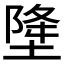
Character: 𱗘